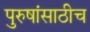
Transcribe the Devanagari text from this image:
पुरुषांसाठीच